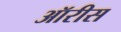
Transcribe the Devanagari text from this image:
ऑरीस